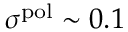
\sigma ^ { \mathrm { p o l } } \sim 0 . 1